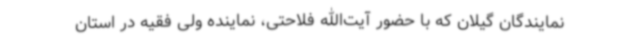
نمایندگان گیلان که با حضور آیت‌الله فلاحتی، نماینده ولی فقیه در استان